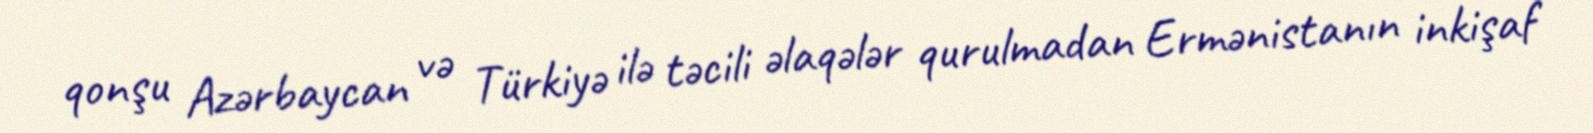
qonşu Azərbaycan və Türkiyə ilə təcili əlaqələr qurulmadan Ermənistanın inkişaf